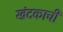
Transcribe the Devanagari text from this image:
खंदकाची